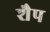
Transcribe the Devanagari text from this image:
शैप